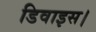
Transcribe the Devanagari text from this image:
डिवाइस।